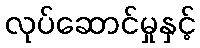
လုပ်ဆောင်မှုနှင့်